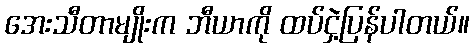
အေးသီတာမျိုးက ဘီယာကို ထပ်ငှဲ့ပြန်ပါတယ်။